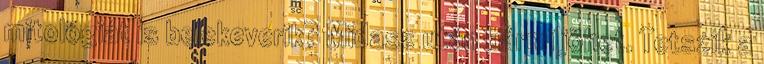
mitológiát is belekeverik? Midasz után bármi jöhet. Tetszik a